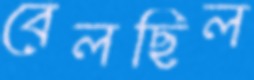
বেলছিল